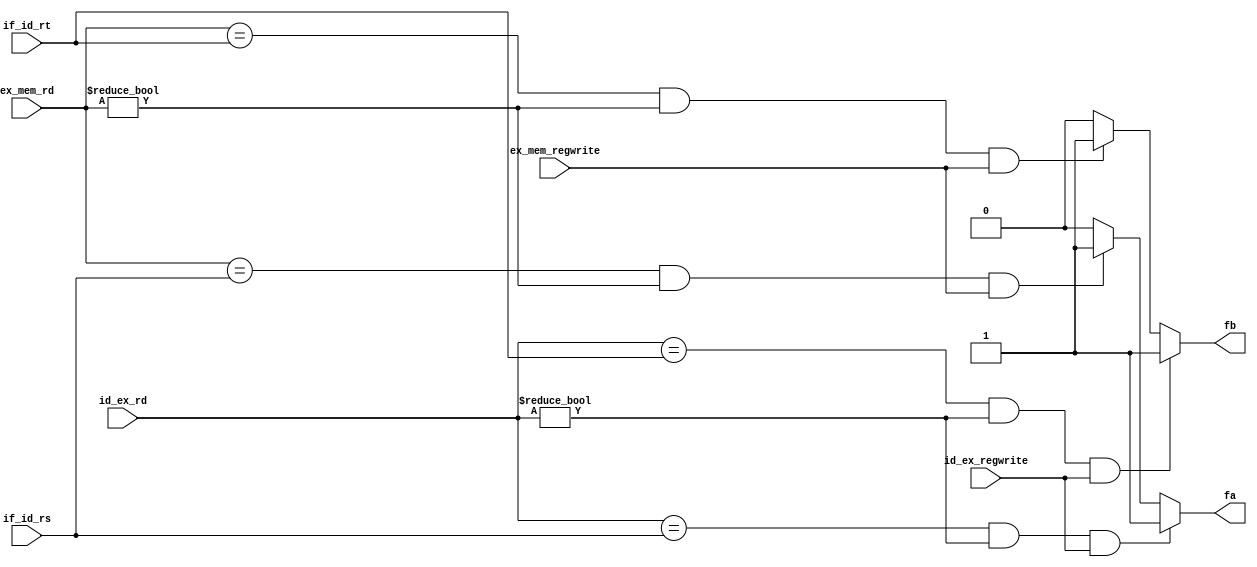
module forwarding_unit_ch(
input [4:0] if_id_rs, if_id_rt, id_ex_rd, ex_mem_rd,
input ex_mem_regwrite, id_ex_regwrite,
output reg fa, fb
);
    always@(*)  //for fb
    begin
        if((id_ex_rd == if_id_rt) && (id_ex_rd != 0) && (id_ex_regwrite == 1))
            fb = 1'b1;
        else if((ex_mem_rd == if_id_rt) && (ex_mem_rd != 0) && (ex_mem_regwrite == 1))
            fb = 1'b1;
            
        else
            fb = 1'b0;
    end
    
    always@(*) //for fa
    begin
        if((id_ex_rd == if_id_rs) && (id_ex_rd != 0) && (id_ex_regwrite == 1))
            fa = 1'b1;
        else if((ex_mem_rd == if_id_rs) && (ex_mem_rd != 0) && (ex_mem_regwrite == 1))
            fa = 1'b1;
        else
            fa = 1'b0;
    end
endmodule